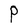
Character: P